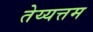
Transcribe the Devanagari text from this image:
तेय्यत्तम